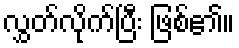
လွှတ်လိုက်ပြီး ဖြစ်၏။